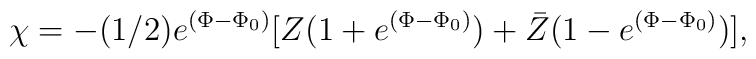
\chi =-(1/2) e^{(\Phi -\Phi_0)}[Z(1+ e^{(\Phi -\Phi_0)}) + \bar Z(1- e^{(\Phi -\Phi_0)})],